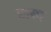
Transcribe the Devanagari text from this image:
प्राया